Annual administration and progress report of the Indian Medical Department, Bombay
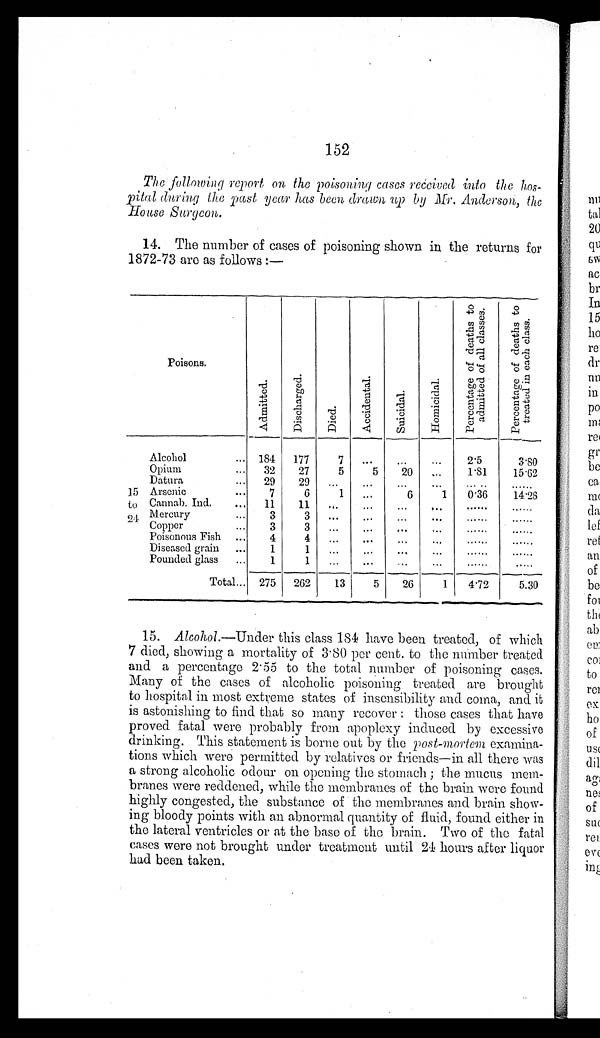
152
The following report on the poisoning cases received into the hos
- p i t a l d u r i n g t h e p a s t y e a r h a s b e e n d r a w n u p b y M r . A n d e r s o n , t h e
H o u s e S u r g e o n .
14. The number of cases of poisoning shown in the returns for
1872-73 are as follows:—
P o i s o n s .
A d m i t t e d .
D i s c h a r g e d .
D i e d .
A c c i d e n t a l .
S u i c i d a l .
H o m i c i d a l .
P e r c e n t a g e o f d e a t h s t o a d m i t t e d o f a l l c l a s s e s .
P e r c e n t a g e o f d e a t h s t o t r e a t e d i n e a c h c l a s s .
15
to
24
Alcohol . . . 184 177
7
. . .
. . .
. . .
2.5
3.80
Opium . . .
5
20
32 27
5
. . . 1.81
15.62
29 29
. . .
. . . . . .
. . .
. . .
. . .
Datura . . .
Arsenic . . . 7
6
1
. . .
6
1 0.36
14.28
Cannab. Ind. . . . 11 11
. . .
. . .
. . .
. . .
. . . . . .
Mercury . . . 3
3
. . .
. . .
. . .
. . . . . .
. . .
Copper . . . 3
3
. . .
. . .
. . . . . . . . .
. . .
Poisonous Fish . . . 4
4
. . .
. . .
. . .
. . . . . .
. . .
Diseased grain . . . 1
1
. . . . . . . . .
. . .
. . .
. . .
Pounded glass . . . 1
1
. . .
. . . . . .
. . . . . .
. . .
Total . . . 275 262 13
5 26
1 4.72
5.30
15. Alcohol.—Under this class 184 have been treated, of which
7 died, showing a mortality of 3.80 per cent. to the number treated
and a percentage 2.55 to the total number of poisoning cases.
Many of the cases of alcoholic poisoning treated are brought
to hospital in most extreme states of insensibility and coma, and it
is astonishing to find that so many recover: those cases that have
proved fatal were probably from apoplexy induced by excessive
drinking. This statement is borne out by the post-mortem examina
-
tions which were permitted by relatives or friends—in all there was
a strong alcoholic odour on opening the stomach; the mucus mem
-
branes were reddened, while the membranes of the brain were found
highly congested, the substance of the membranes and brain show
-
ing bloody points with an abnormal quantity of fluid, found either in
the lateral ventricles or at the base of the brain. Two of the fatal
cases were not brought under treatment until 24 hours after liquor
had been taken.